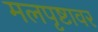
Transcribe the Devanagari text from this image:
मलपृष्टावर